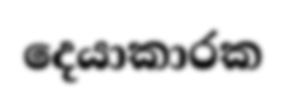
දෙයාකාරක